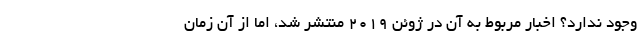
وجود ندارد؟ اخبار مربوط به آن در ژوئن ۲۰۱۹ منتشر شد، اما از آن زمان